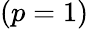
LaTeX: (p=1)